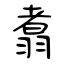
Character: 翥